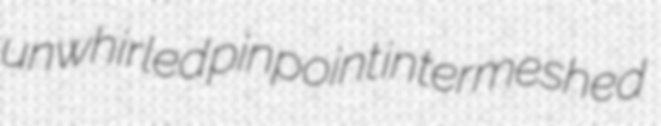
unwhirled pinpoint intermeshed